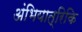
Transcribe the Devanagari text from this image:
अंभियात्रिकि